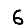
Digit: 6